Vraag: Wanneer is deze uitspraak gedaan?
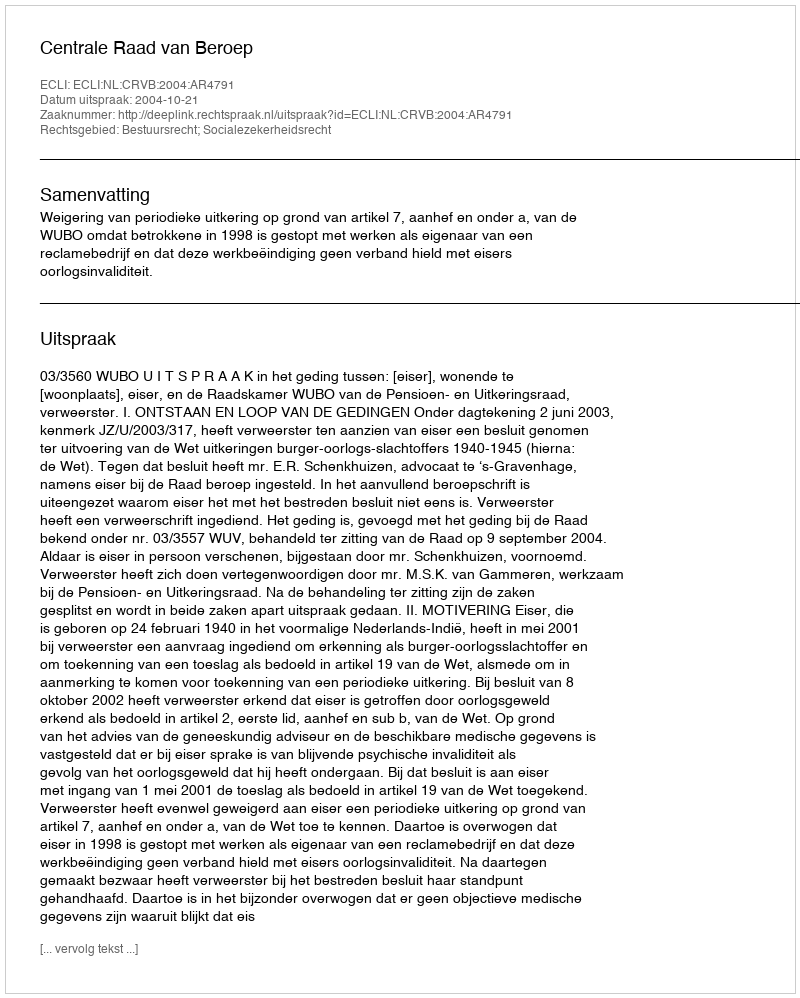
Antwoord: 2004-10-21